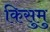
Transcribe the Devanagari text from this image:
किसुमु